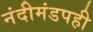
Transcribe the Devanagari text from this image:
नंदीमंडपही